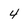
Character: 4